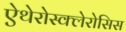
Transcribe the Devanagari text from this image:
ऐथेरोस्क्लेरोसिस